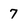
Character: 7